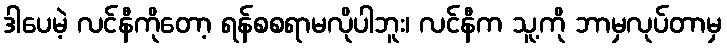
ဒါပေမဲ့ လင်နီကိုတော့ ရန်စစရာမလိုပါဘူး၊ လင်နီက သူ့ကို ဘာမှလုပ်တာမှ